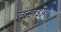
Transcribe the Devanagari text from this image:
तन्हाइयों